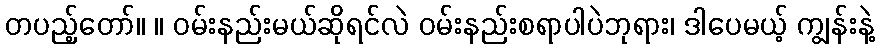
တပည့်တော်။ ။ ဝမ်းနည်းမယ်ဆိုရင်လဲ ဝမ်းနည်းစရာပါပဲဘုရား၊ ဒါပေမယ့် ကျွန်းနဲ့